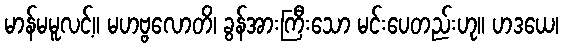
မာန်မမူလင့်။ မဟဗ္ဗလောတိ၊ ခွန်အားကြီးသော မင်းပေတည်းဟု။ ဟဒယေ၊